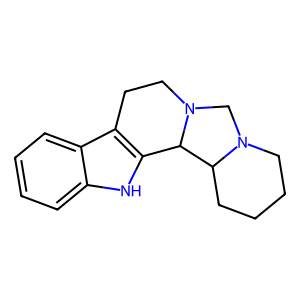
SMILES: c1ccc2c3c([nH]c2c1)C1C2CCCCN2CN1CC3
Inhibits HIV replication: No